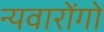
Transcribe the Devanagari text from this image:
न्यवारोंगो